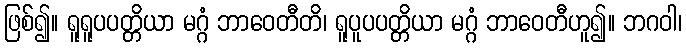
ဖြစ်၍။ ရူရူပပတ္တိယာ မဂ္ဂံ ဘာဝေတီတိ၊ ရူပူပပတ္တိယာ မဂ္ဂံ ဘာဝေတီဟူ၍။ ဘဂဝါ၊